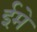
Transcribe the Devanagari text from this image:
ईमे